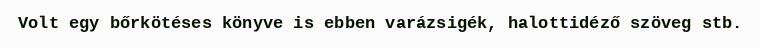
Volt egy bőrkötéses könyve is ebben varázsigék, halottidéző szöveg stb.